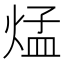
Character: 𪹁